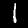
Label: 1